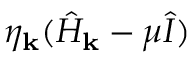
\eta _ { \bf k } ( \hat { H } _ { \bf k } - \mu \hat { I } )